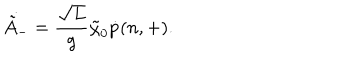
\dot { \tilde { A } _ { - } } = \frac { \sqrt L } { g } \tilde { \chi } _ { 0 } \dot { p } ( n , + ) .